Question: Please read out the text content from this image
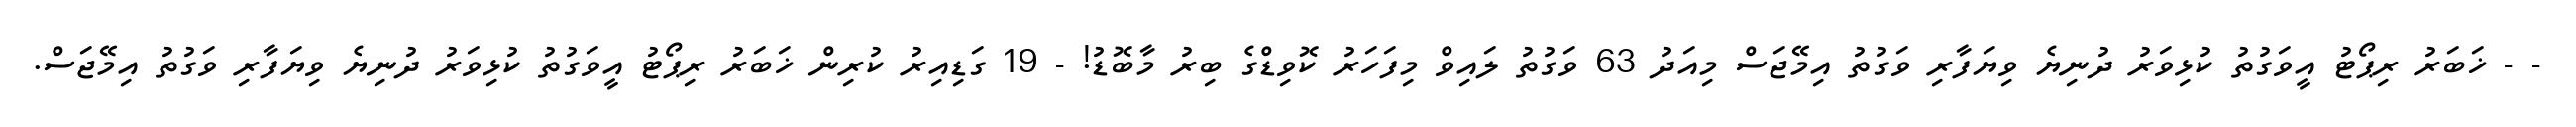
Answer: - - ޚަބަރު ރިޕޯޓު އީވަގުތު ކުޅިވަރު ދުނިޔެ ވިޔަފާރި ވަގުތު އިމޭޖަސް މިއަދު 63 ވަގުތު ލައިވް މިފަހަރު ކޮވިޑްގެ ބިރު މާބޮޑު! - 19 ގަޑިއިރު ކުރިން ޚަބަރު ރިޕޯޓު އީވަގުތު ކުޅިވަރު ދުނިޔެ ވިޔަފާރި ވަގުތު އިމޭޖަސް.